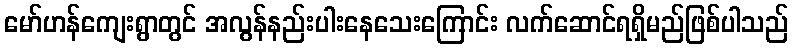
မော်ဟန်ကျေးရွာတွင် အလွန်နည်းပါးနေသေးကြောင်း လက်ဆောင်ရရှိမည်ဖြစ်ပါသည်